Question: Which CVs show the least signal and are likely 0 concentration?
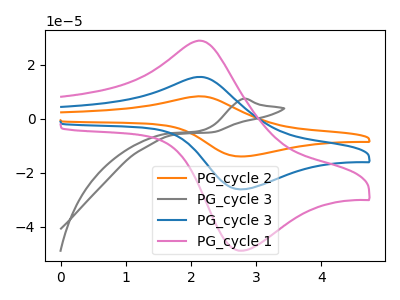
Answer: <think>The orange curve "PG_cycle 2" has an anodic peak at (2.10V, 30.85uA) and a cathodic peak at (2.80V, -52.30uA). The gray curve "PG_cycle 3" has an anodic peak at: (2.80V, 7.30uA). The blue curve "PG_cycle 3" has an anodic peak at (2.10V, 15.45uA) and a cathodic peak at (2.80V, -26.15uA). The pink curve "PG_cycle 1" has an anodic peak at (2.10V, 28.85uA) and a cathodic peak at (2.80V, -48.85uA).</think>
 <answer>There are not any CV's on this graph that are likely to be blanks.</answer>
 <eval>none</eval>